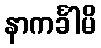
နာကင်္ခါမိ